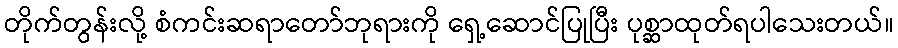
တိုက်တွန်းလို့ စံကင်းဆရာတော်ဘုရားကို ရှေ့ဆောင်ပြုပြီး ပုစ္ဆာထုတ်ရပါသေးတယ်။